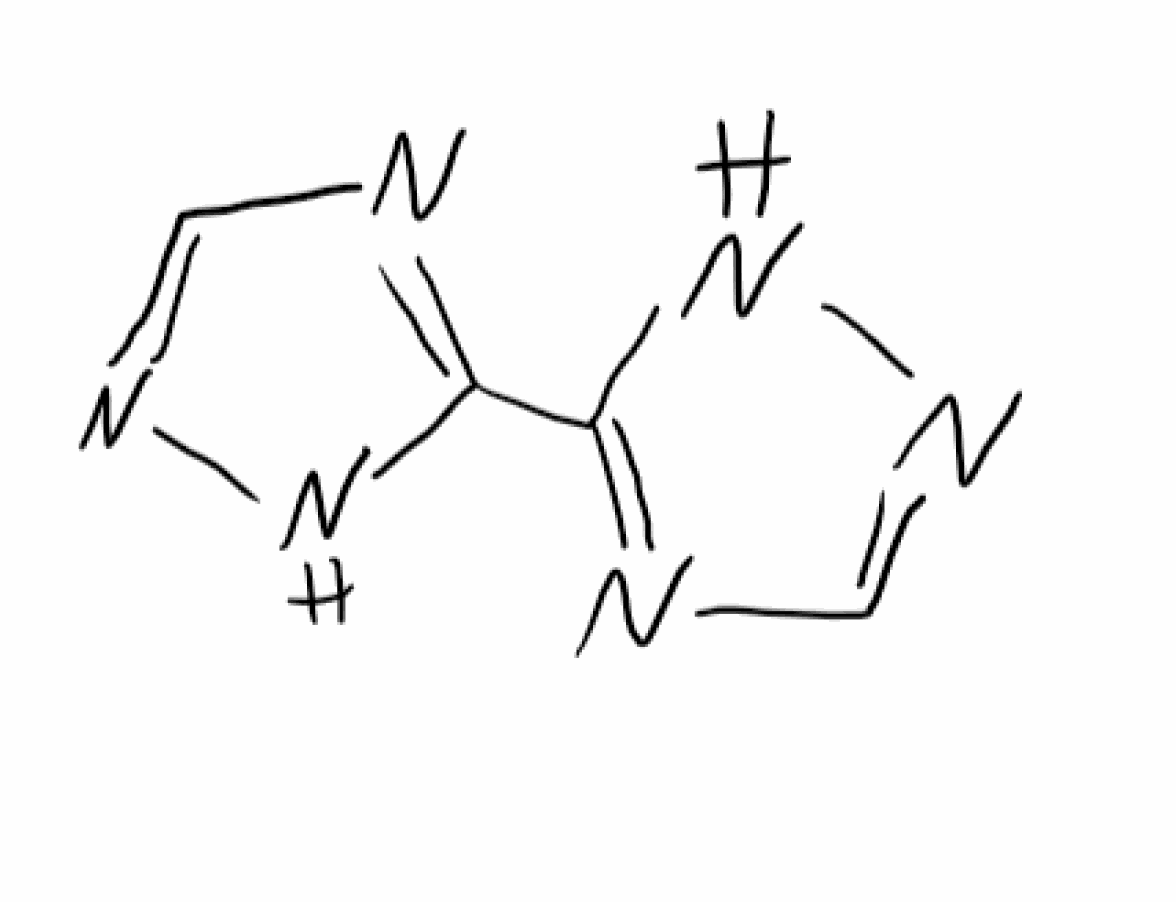
Simplified molecular-input line-entry system (SMILES) notation of the given molecule:
C1=NNC(=N1)C2=NC=NN2